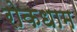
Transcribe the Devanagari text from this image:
रोकधाम